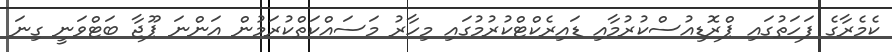
ކެމެރާގެ ފަހަތުގައި ޕްރޮޑިއުސްކުރުމާއި ޑައިރެކްޓްކުރުމުގައި މިހާރު މަސައްކަތްކުރަމުން އަންނަ ޕޫޖާ ބަޓްވަނީ ގިނަ